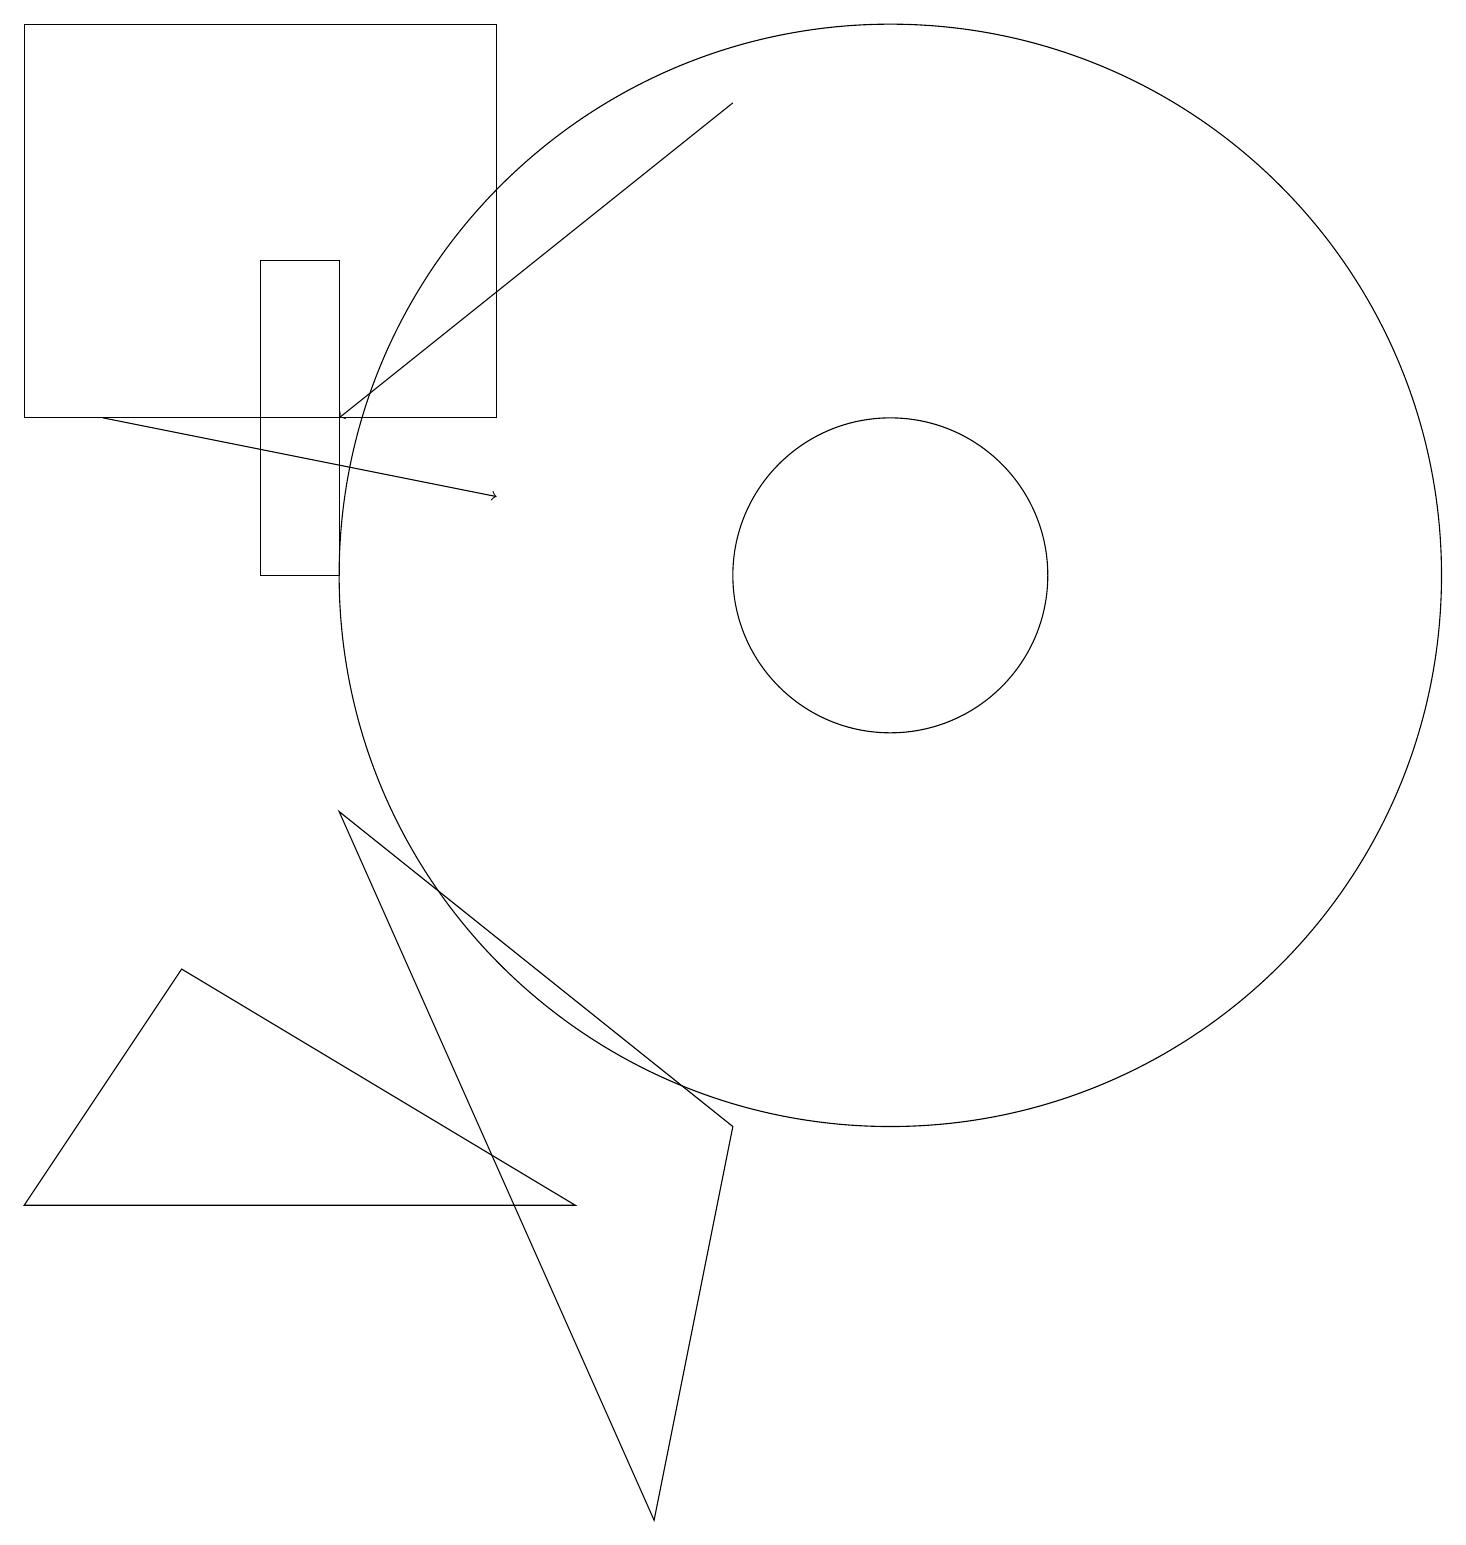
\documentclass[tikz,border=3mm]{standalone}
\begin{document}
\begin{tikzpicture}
\draw (11,12) circle (2);
\draw[->] (9,18) -- (4,14);
\draw[->] (1,14) -- (6,13);
\draw (7,4) -- (2,7) -- (0,4) -- cycle;
\draw (0,14) rectangle (6,19);
\draw (11,12) circle (7);
\draw (4,9) -- (8,0) -- (9,5) -- cycle;
\draw (4,12) rectangle (3,16);
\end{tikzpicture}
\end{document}